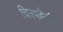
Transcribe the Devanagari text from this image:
चित्रपहेली